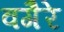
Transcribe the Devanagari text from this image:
वगैेरे